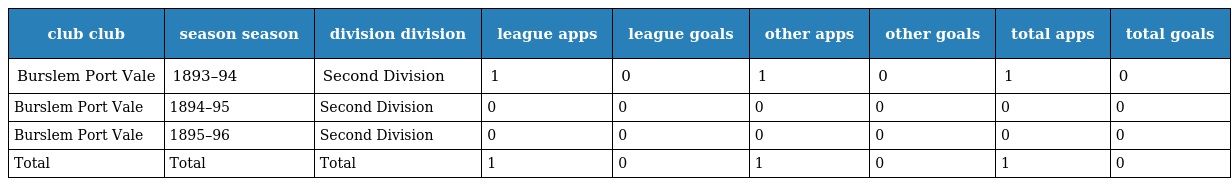
| club club | season season | division division | league apps | league goals | other apps | other goals | total apps | total goals |
 | --- | --- | --- | --- | --- | --- | --- | --- | --- |
 | Burslem Port Vale | 1893–94 | Second Division | 1 | 0 | 1 | 0 | 1 | 0 |
 | Burslem Port Vale | 1894–95 | Second Division | 0 | 0 | 0 | 0 | 0 | 0 |
 | Burslem Port Vale | 1895–96 | Second Division | 0 | 0 | 0 | 0 | 0 | 0 |
 | Total | Total | Total | 1 | 0 | 1 | 0 | 1 | 0 |